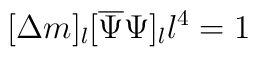
[\Delta m]_l[\overline{\Psi}\Psi]_ll^4=1